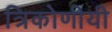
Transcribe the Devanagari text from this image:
त्रिकोणीयी